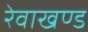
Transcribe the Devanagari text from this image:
रेवाखण्ड